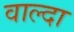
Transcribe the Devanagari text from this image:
वाल्दा